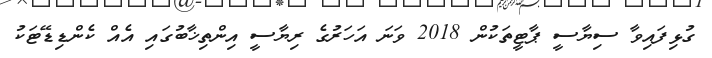
ގުޅިފައިވާ ސިޔާސީ ޕާޓީތަކުން 2018 ވަނަ އަހަރުގެ ރިޔާސީ އިންތިޚާބުގައި އެއް ކެންޑިޑޭޓަކު